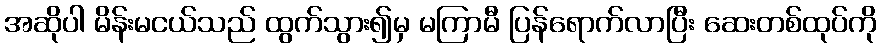
အဆိုပါ မိန်းမငယ်သည် ထွက်သွား၍မှ မကြာမီ ပြန်ရောက်လာပြီး ဆေးတစ်ထုပ်ကို